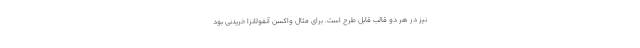
نیز در هر دو قالب قابل طرح است. برای مثال واکسن آنفولانزا خریدنی بود